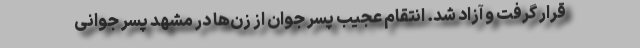
قرار گرفت و آزاد شد. انتقام عجیب پسر جوان از زن‌ها در مشهد پسر جوانی